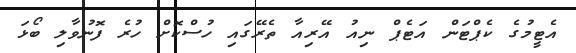
އެޓީމުގެ ކެޕްޓަން އަޓެޕް ނިއު އޭރިއާ ތެރޭގައި ހުސްކޮށް ހުރެ ފޮނުވާލި ބޯޅަ